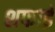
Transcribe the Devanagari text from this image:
शफाई